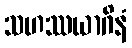
သဟဿယာဂိနံ